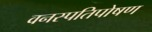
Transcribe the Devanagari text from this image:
वनस्पतिपोषण